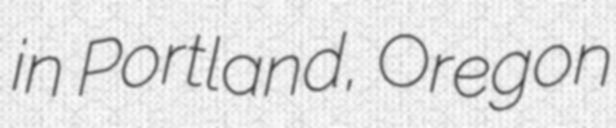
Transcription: in Portland, Oregon